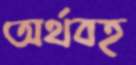
অর্থবহ